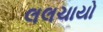
લલચાયો